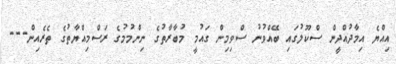
އިއްޔެ އިމާދުއްދީން ސްކޫލުގައި ބޭއްވުނު ސްވިމިން ގައުމީ މުބާރާތުގެ ނިންމުމުގެ ރަސްމިއްޔާތުގެ ތެރެއިން---